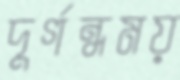
দুর্গন্ধময়